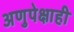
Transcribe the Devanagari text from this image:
अणुपेक्षाही